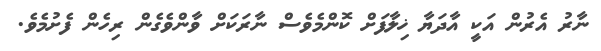
ނާރު އެރުން އަކީ އާދަޔާ ޚިލާފަށް ކޮންމެވެސް ނާރަކަށް ވާންވެގެން ރިހެން ފެށުމެވެ.